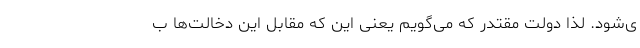
ی‌شود. لذا دولت مقتدر که می‌گویم یعنی این که مقابل این دخالت‌ها ب